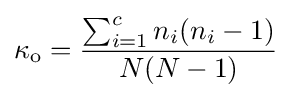
\kappa _{\text{o}}={\frac {\sum _{i=1}^{c}n_{i}(n_{i}-1)}{N(N-1)}}